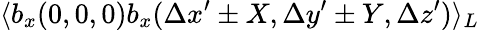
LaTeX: \langle b_{x}(0,0,0)b_{x}(\Delta x^{\prime}\pm X,\Delta y^{\prime}\pm Y,\Delta z^{\prime})\rangle_{L}